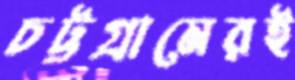
চট্টগ্রামেরই